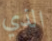
الذي